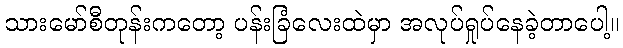
သားမော်စီတုန်းကတော့ ပန်းခြံလေးထဲမှာ အလုပ်ရှုပ်နေခဲ့တာပေါ့။